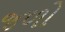
જળો